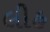
લીહ